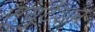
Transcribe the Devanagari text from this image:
म्युटैंशन